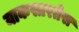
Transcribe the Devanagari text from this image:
याकसारतेस